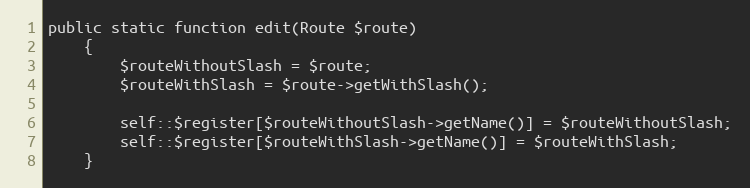
Language: PHP
public static function edit(Route $route)
    {
        $routeWithoutSlash = $route;
        $routeWithSlash = $route->getWithSlash();

        self::$register[$routeWithoutSlash->getName()] = $routeWithoutSlash;
        self::$register[$routeWithSlash->getName()] = $routeWithSlash;
    }